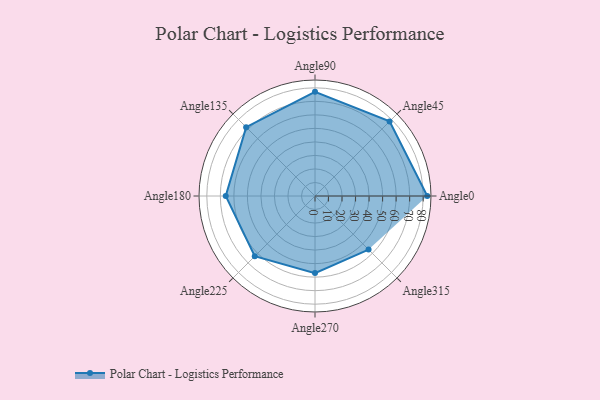
{"axis": {"x": "Angle", "y": "Radius"}, "legend": [""], "data": [{"x": "Angle0", "y": 83.0, "type": ""}, {"x": "Angle45", "y": 78.0, "type": ""}, {"x": "Angle90", "y": 77.0, "type": ""}, {"x": "Angle135", "y": 72.0, "type": ""}, {"x": "Angle180", "y": 66.0, "type": ""}, {"x": "Angle225", "y": 63.0, "type": ""}, {"x": "Angle270", "y": 57.0, "type": ""}, {"x": "Angle315", "y": 56.0, "type": ""}]}